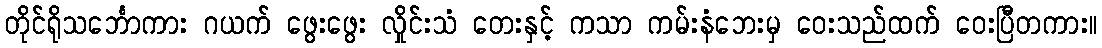
တိုင်ရိုသင်္ဘောကား ဂယက် ဖွေးဖွေး လှိုင်းသံ တေးနှင့် ကသာ ကမ်းနံဘေးမှ ဝေးသည်ထက် ဝေးပြီတကား။